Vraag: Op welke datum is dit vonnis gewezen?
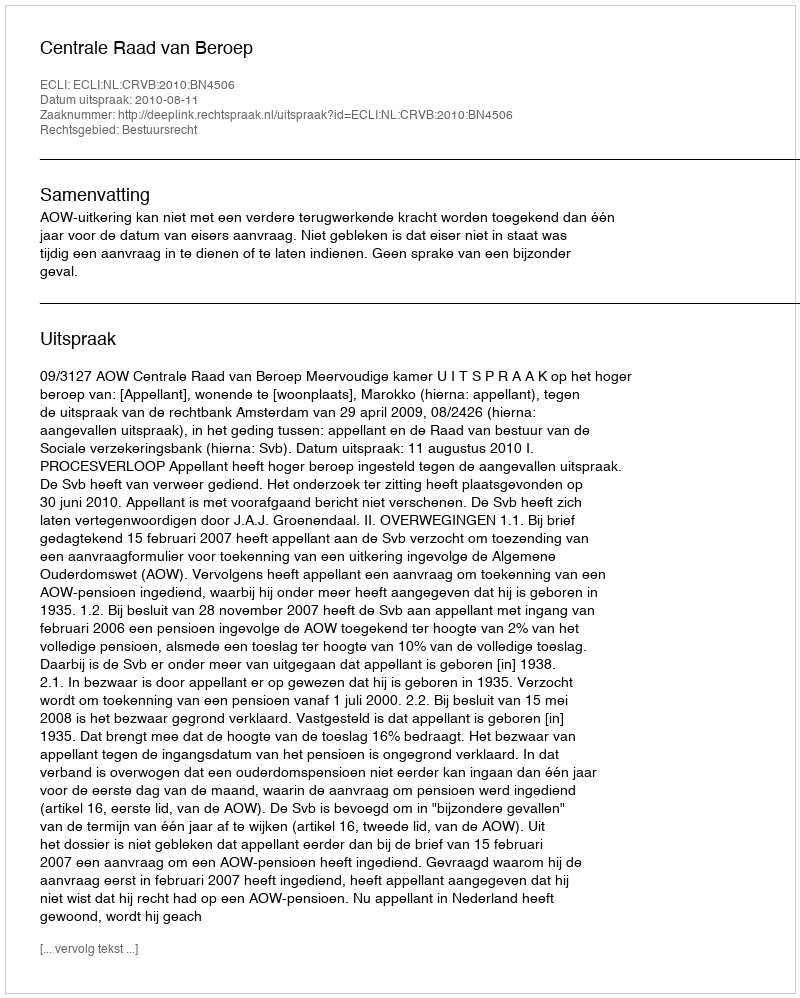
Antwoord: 2010-08-11